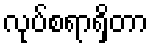
လုပ်စရာရှိတာ